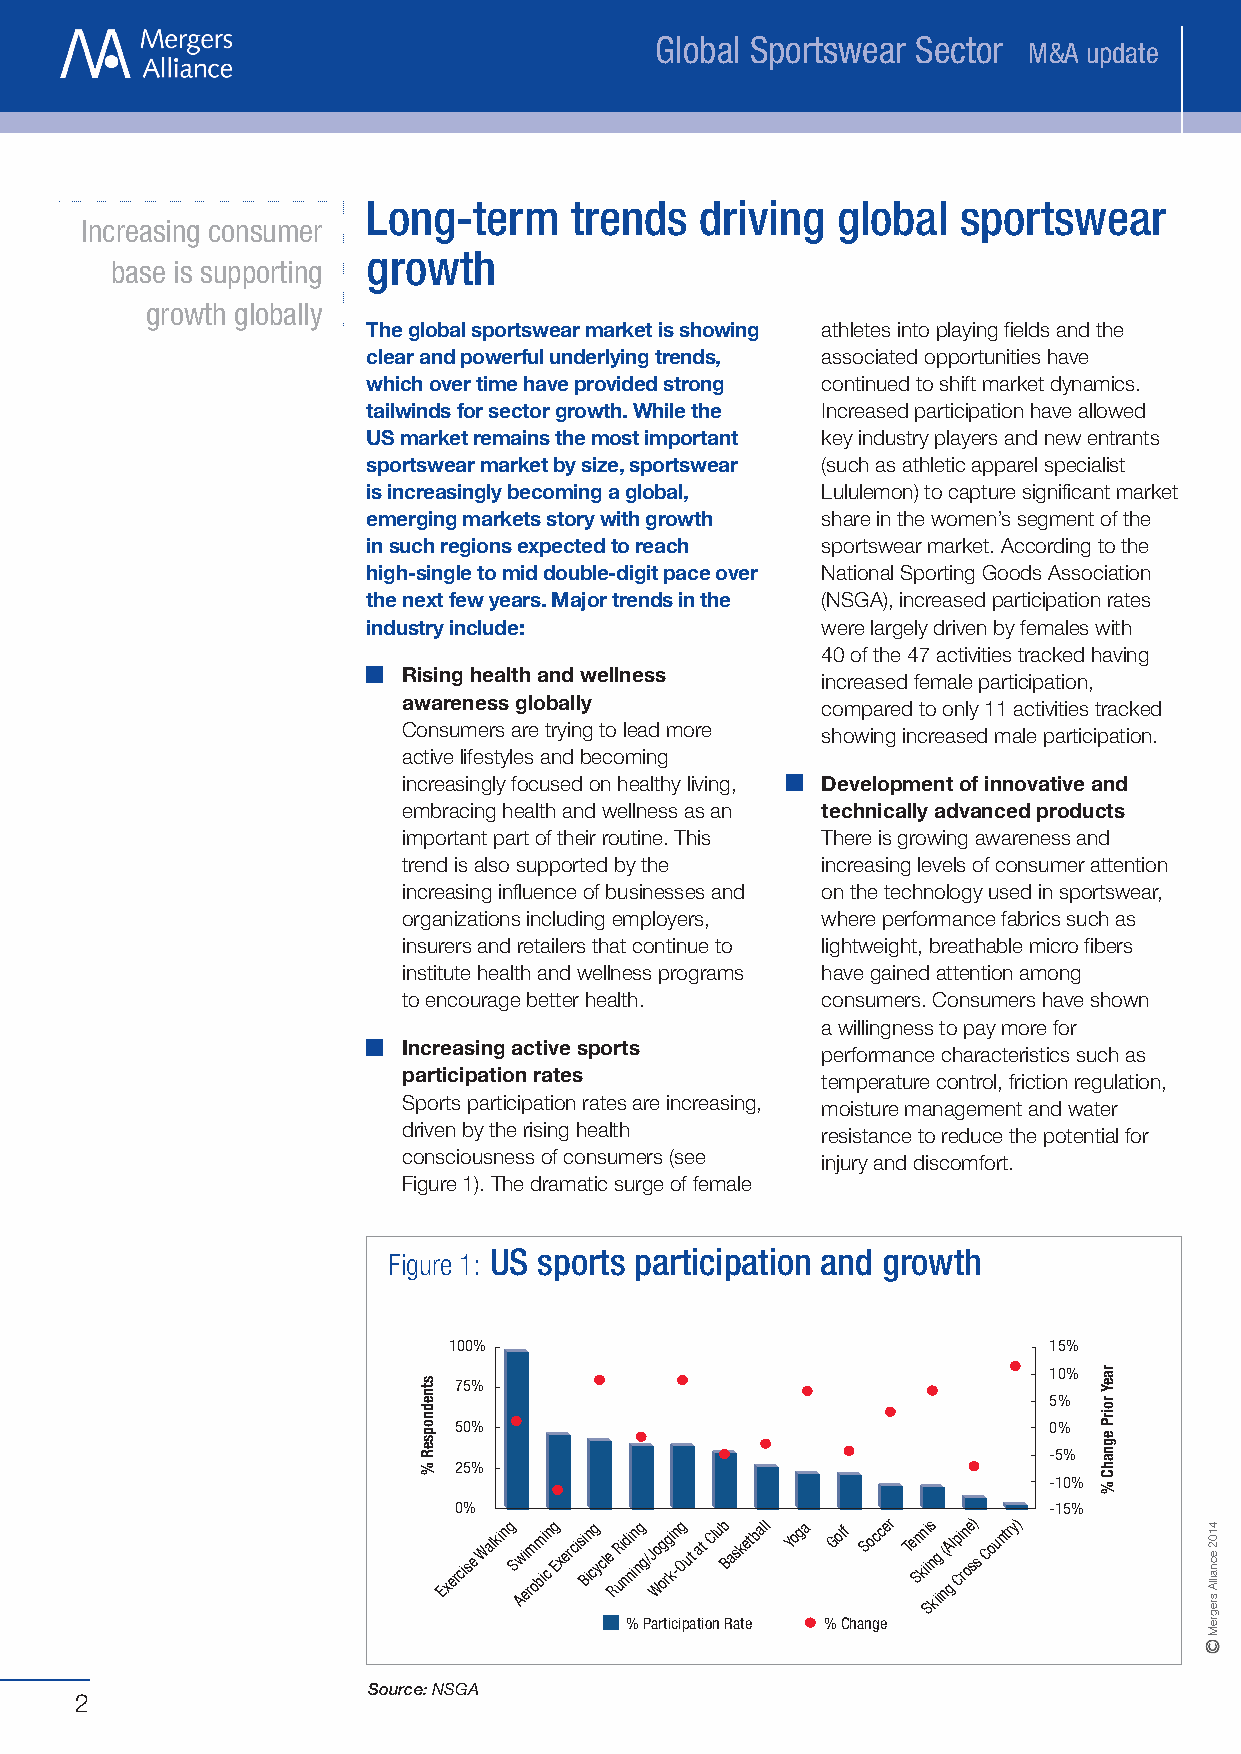
Global Sportswear Sector
 M&A update
 Long-term     trends  driving  global   sportswear
 Increasing consumer
 growth
 base is supporting
 growth globally
 Theglobalsportswearmarketisshowing athletesintoplayingfieldsandthe
 clearandpowerfulunderlyingtrends, associatedopportunitieshave
 whichovertimehaveprovidedstrong continuedtoshiftmarketdynamics.
 tailwindsforsectorgrowth.Whilethe Increasedparticipationhaveallowed
 USmarketremainsthemostimportant keyindustryplayersandnewentrants
 sportswearmarketbysize,sportswear (suchasathleticapparelspecialist
 isincreasinglybecomingaglobal, Lululemon)tocapturesignificantmarket
 emergingmarketsstorywithgrowth shareinthewomen’ssegmentofthe
 insuchregionsexpectedtoreach  sportswearmarket.Accordingtothe
 high-singletomiddouble-digitpaceover NationalSportingGoodsAssociation
 thenextfewyears.Majortrendsinthe (NSGA),increasedparticipationrates
 industryinclude:              werelargelydrivenbyfemaleswith
 40ofthe47activitiestrackedhaving
 Risinghealthandwellness
 increasedfemaleparticipation,
 awarenessglobally
 comparedtoonly11activitiestracked
 Consumersaretryingtoleadmore
 showingincreasedmaleparticipation.
 activelifestylesandbecoming
 increasinglyfocusedonhealthyliving, Developmentofinnovativeand
 embracinghealthandwellnessasan technicallyadvancedproducts
 importantpartoftheirroutine.This Thereisgrowingawarenessand
 trendisalsosupportedbythe  increasinglevelsofconsumerattention
 increasinginfluenceofbusinessesand onthetechnologyusedinsportswear,
 organizationsincludingemployers, whereperformancefabricssuchas
 insurersandretailersthatcontinueto lightweight,breathablemicrofibers
 institutehealthandwellnessprograms havegainedattentionamong
 toencouragebetterhealth.   consumers.Consumershaveshown
 awillingnesstopaymorefor
 Increasingactivesports
 performancecharacteristicssuchas
 participationrates
 temperaturecontrol,frictionregulation,
 Sportsparticipationratesareincreasing,
 moisturemanagementandwater
 drivenbytherisinghealth
 resistancetoreducethepotentialfor
 consciousnessofconsumers(see
 injuryanddiscomfort.
 Figure1).Thedramaticsurgeoffemale
 US  sports participation and growth
 Figure 1:
 100%                                   15%
 10%
 75%
 5%
 50%                                    0%
 -5%
 25%
 -10%
 0%                                     -15%
 ExerciseWalking S Awi erm obm ii cng Exercisi Bin cg ycle RR ui ndi nin ng g/Jo Wog rgi k-ng OutatClub Basketball Yoga Golf Soccer Te Sn kn ii i Ss n kig i( nA glp Ci rn oe s) sCountry)
 %ParticipationRate %Change
 Source:NSGA
 2
 stnednopseR%
 raeYroirPegnahC%
 4102ecnaillAsregreM